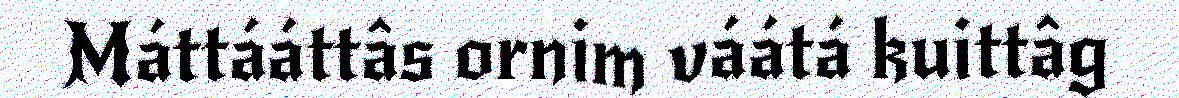
Máttááttâs ornim váátá kuittâg